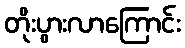
တိုးပွားလာကြောင်း